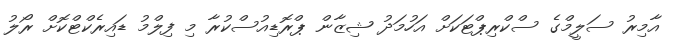
އާމިރު ސަލީމްގެ ސްކްރިޕްޓަކަށް އަހުމަދު ޝިޒާން ޕްރޮޑިއުސްކުރާ މި ފިލްމު ޑައިރެކްޓްކޮށް ރޯލު